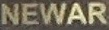
NEWAR